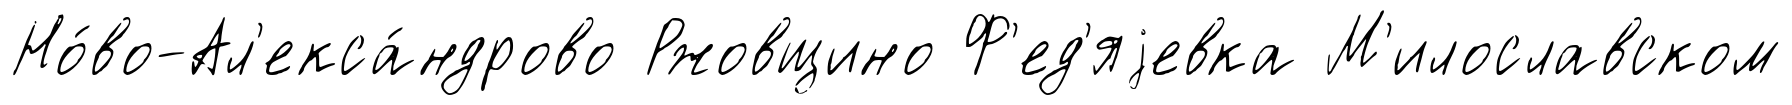
Но́во-Ал'екса́ндрово Ржовщино Ф'ед'яjевка М'илославском